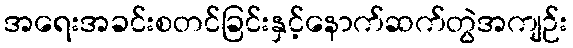
အရေးအခင်းစတင်ခြင်းနှင့်နောက်ဆက်တွဲအကျဉ်း